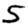
Digit: 5